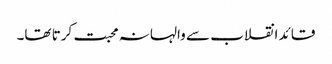
قائد انقلاب سے والہانہ محبت کرتا تھا۔